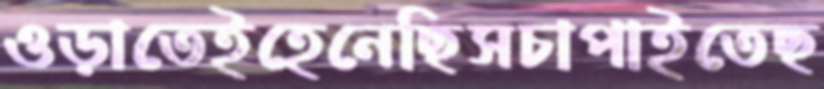
ওড়াতেইহেনেছিসচাপাইতেছ